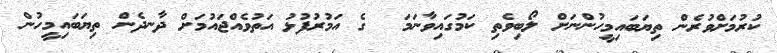
ކުރުމަށްވުރެން ތިޔަބައިމީހުންނަށް ލޯބިވެތި ކަމުގައިވާނަމަ  ގެ އަމުރުފުޅު އަތުވެއްޖައުމަށް ދާނދެން ތިޔަބައިމީހުން